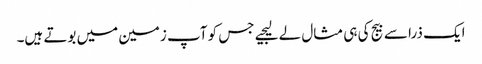
ایک ذرا سے بیج کی ہی مثال لے لیجیے جس کو آپ زمین میں بوتے ہیں۔